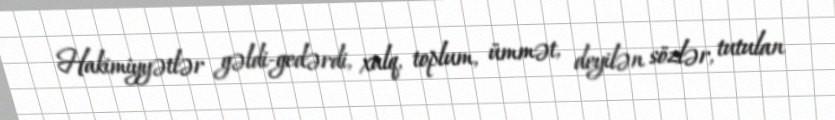
Hakimiyyətlər gəldi-gedərdi, xalq, toplum, ümmət, deyilən sözlər, tutulan